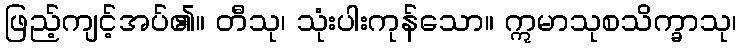
ဖြည့်ကျင့်အပ်၏။ တီသု၊ သုံးပါးကုန်သော။ ဣမာသုစသိက္ခာသု၊